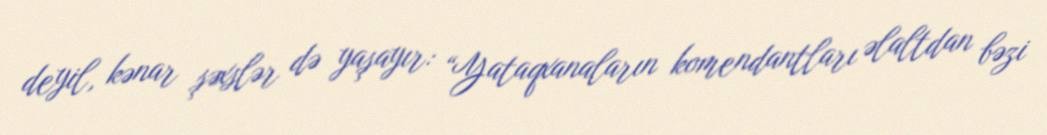
deyil, kənar şəxslər də yaşayır: “Yataqxanaların komendantları əlaltdan bəzi